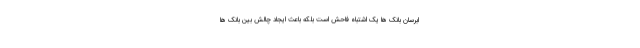
ابرسان بانک ها یک اشتباه فاحش است بلکه باعث ایجاد چالش بین بانک ها